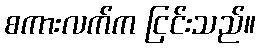
စကားလက်က ငြင်းသည်။